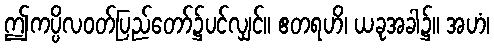
ဤကပ္ပိလဝတ်ပြည်တော်၌ပင်လျှင်။ ဧတရဟိ၊ ယခုအခါ၌။ အဟံ၊